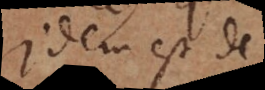
Idem est de